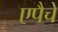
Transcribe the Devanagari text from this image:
एपैचे